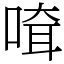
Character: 𠸊